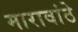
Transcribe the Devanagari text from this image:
मारावांठे